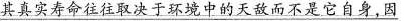
其真实寿命往往取决于环境中的天敌而不是它自身因